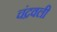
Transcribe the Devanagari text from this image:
चंद्रवली